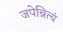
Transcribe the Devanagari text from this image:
जपेन्नित्यं